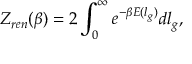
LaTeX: Z _ { r e n } ( \beta ) = 2 \int _ { 0 } ^ { \infty } e ^ { - \beta E ( l _ { g } ) } d l _ { g } ,